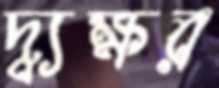
দ্ব্যক্ষর